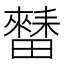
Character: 𱱁